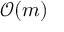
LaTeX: { \mathcal { O } } ( m )